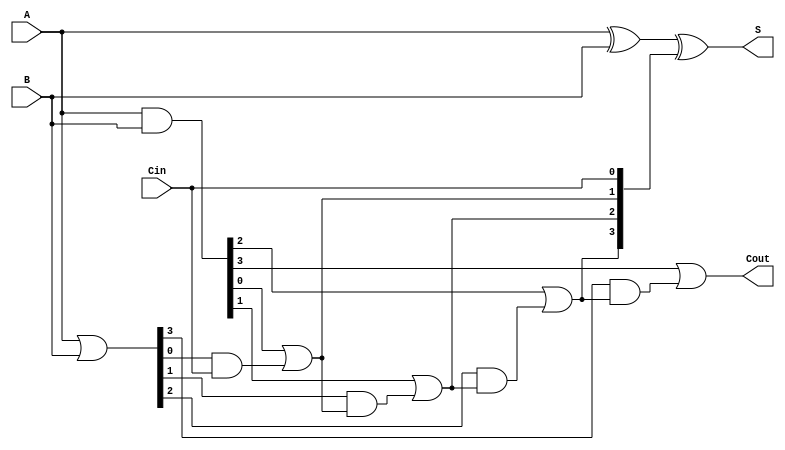
module RCLA #(parameter n = 4) (
    input  [n-1:0] A,
    input  [n-1:0] B,
    input          Cin,
    output [n-1:0] S,
    output         Cout
);

    // Generate and propagate signals
    wire [n-1:0] G; // Generate signals
    wire [n-1:0] P; // Propagate signals
    wire [n:0] C;   // Carry signals

    // Generate and Propagate logic
    assign G = A & B;           // Gi = Ai AND Bi
    assign P = A | B;           // Pi = Ai OR Bi

    // Carry logic
    assign C[0] = Cin;          // C0 = Cin
    genvar i;
    generate
        for (i = 0; i < n; i = i + 1) begin
            assign C[i+1] = G[i] | (P[i] & C[i]); // Ci+1 = Gi OR (Pi AND Ci)
        end
    endgenerate

    // Sum calculation
    assign S = A ^ B ^ C[n-1:0]; // Si = Ai XOR Bi XOR Ci

    // Cout is the last carry
    assign Cout = C[n];

endmodule